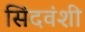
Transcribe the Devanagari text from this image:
सिंदवंशी